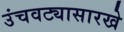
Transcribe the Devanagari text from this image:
उंचवट्यासारखे